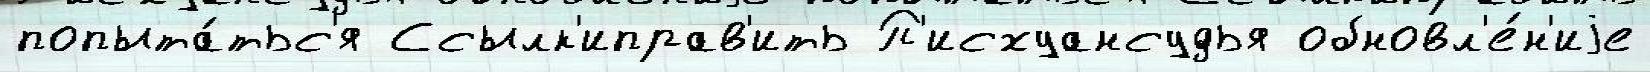
попыта́тьс'я Ссылк'иправ'ить П'исхуансудья обновл'е́н'иjе